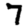
Digit: 7